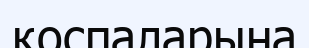
қоспаларына